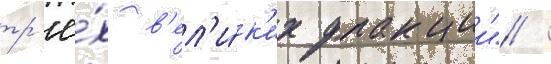
тр'ё́х в'ел'и́к'их фракции" /